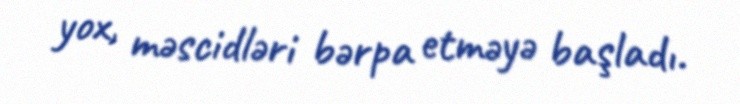
yox, məscidləri bərpa etməyə başladı.